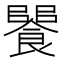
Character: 𩝵